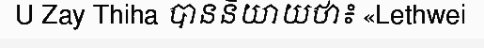
U Zay Thiha បាននិយាយថា៖ «Lethwei